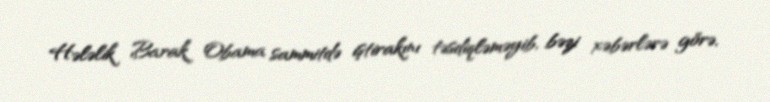
Hələlik Barak Obama sammitdə iştirakını təsdiqləməyib, bəzi xəbərlərə görə,